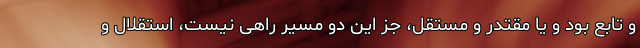
و تابع بود و یا مقتدر و مستقل، جز این دو مسیر راهی نیست، استقلال و